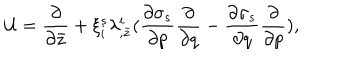
{ \cal U } = { \frac { \partial } { \partial \bar { z } } } + \xi _ { i } ^ { s } \lambda _ { , \bar { z } } ^ { i } ( { \frac { \partial \sigma _ { s } } { \partial p } } { \frac { \partial } { \partial q } } - { \frac { \partial \sigma _ { s } } { \partial q } } { \frac { \partial } { \partial p } } ) ,